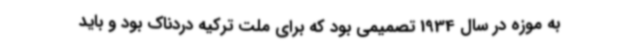
به موزه در سال 1934 تصمیمی بود که برای ملت ترکیه دردناک بود و باید